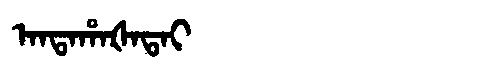
Manchu: ᠠᠨᡨᠠᡥᠠᡧᠠᡨᠠᡳ
Romanization: ANTAHAŠATAI